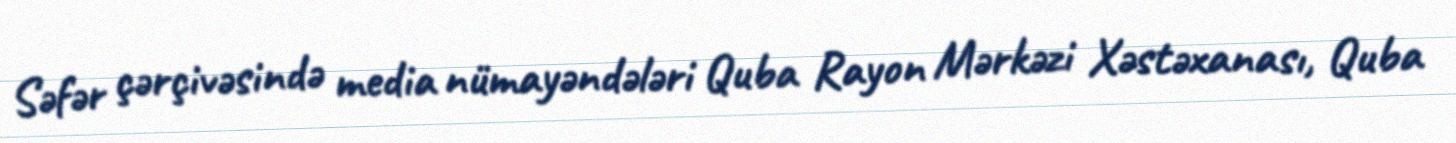
Səfər çərçivəsində media nümayəndələri Quba Rayon Mərkəzi Xəstəxanası, Quba